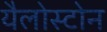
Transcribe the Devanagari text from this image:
यैलोस्टोन